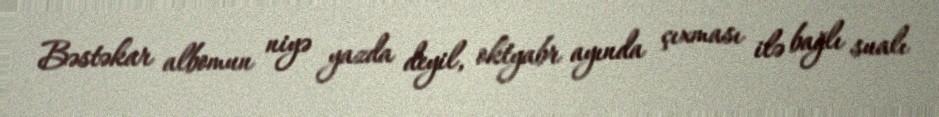
Bəstəkar albomun niyə yazda deyil, oktyabr ayında çıxması ilə bağlı sualı